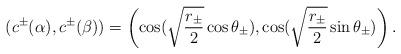
LaTeX: \begin{align*}(c^{\pm}(\alpha),c^{\pm}(\beta))=\left(\cos(\sqrt{\frac{r_{\pm}}{2}}\cos\theta_{\pm}),\cos(\sqrt{\frac{r_{\pm}}{2}}\sin\theta_{\pm})\right).\end{align*}